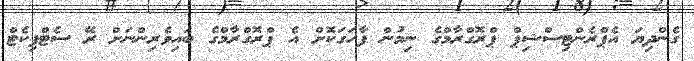
ގެންދިޔަ އެޕްރެންޓިސްޝިޕް ޕްރޮގްރާމްގެ ނިމުން ފާހަގަކޮށް އެ ޕްރޮގްރާމްގެ ބައިވެރިންނަށް ރޭ ސެޓްފިކެޓް